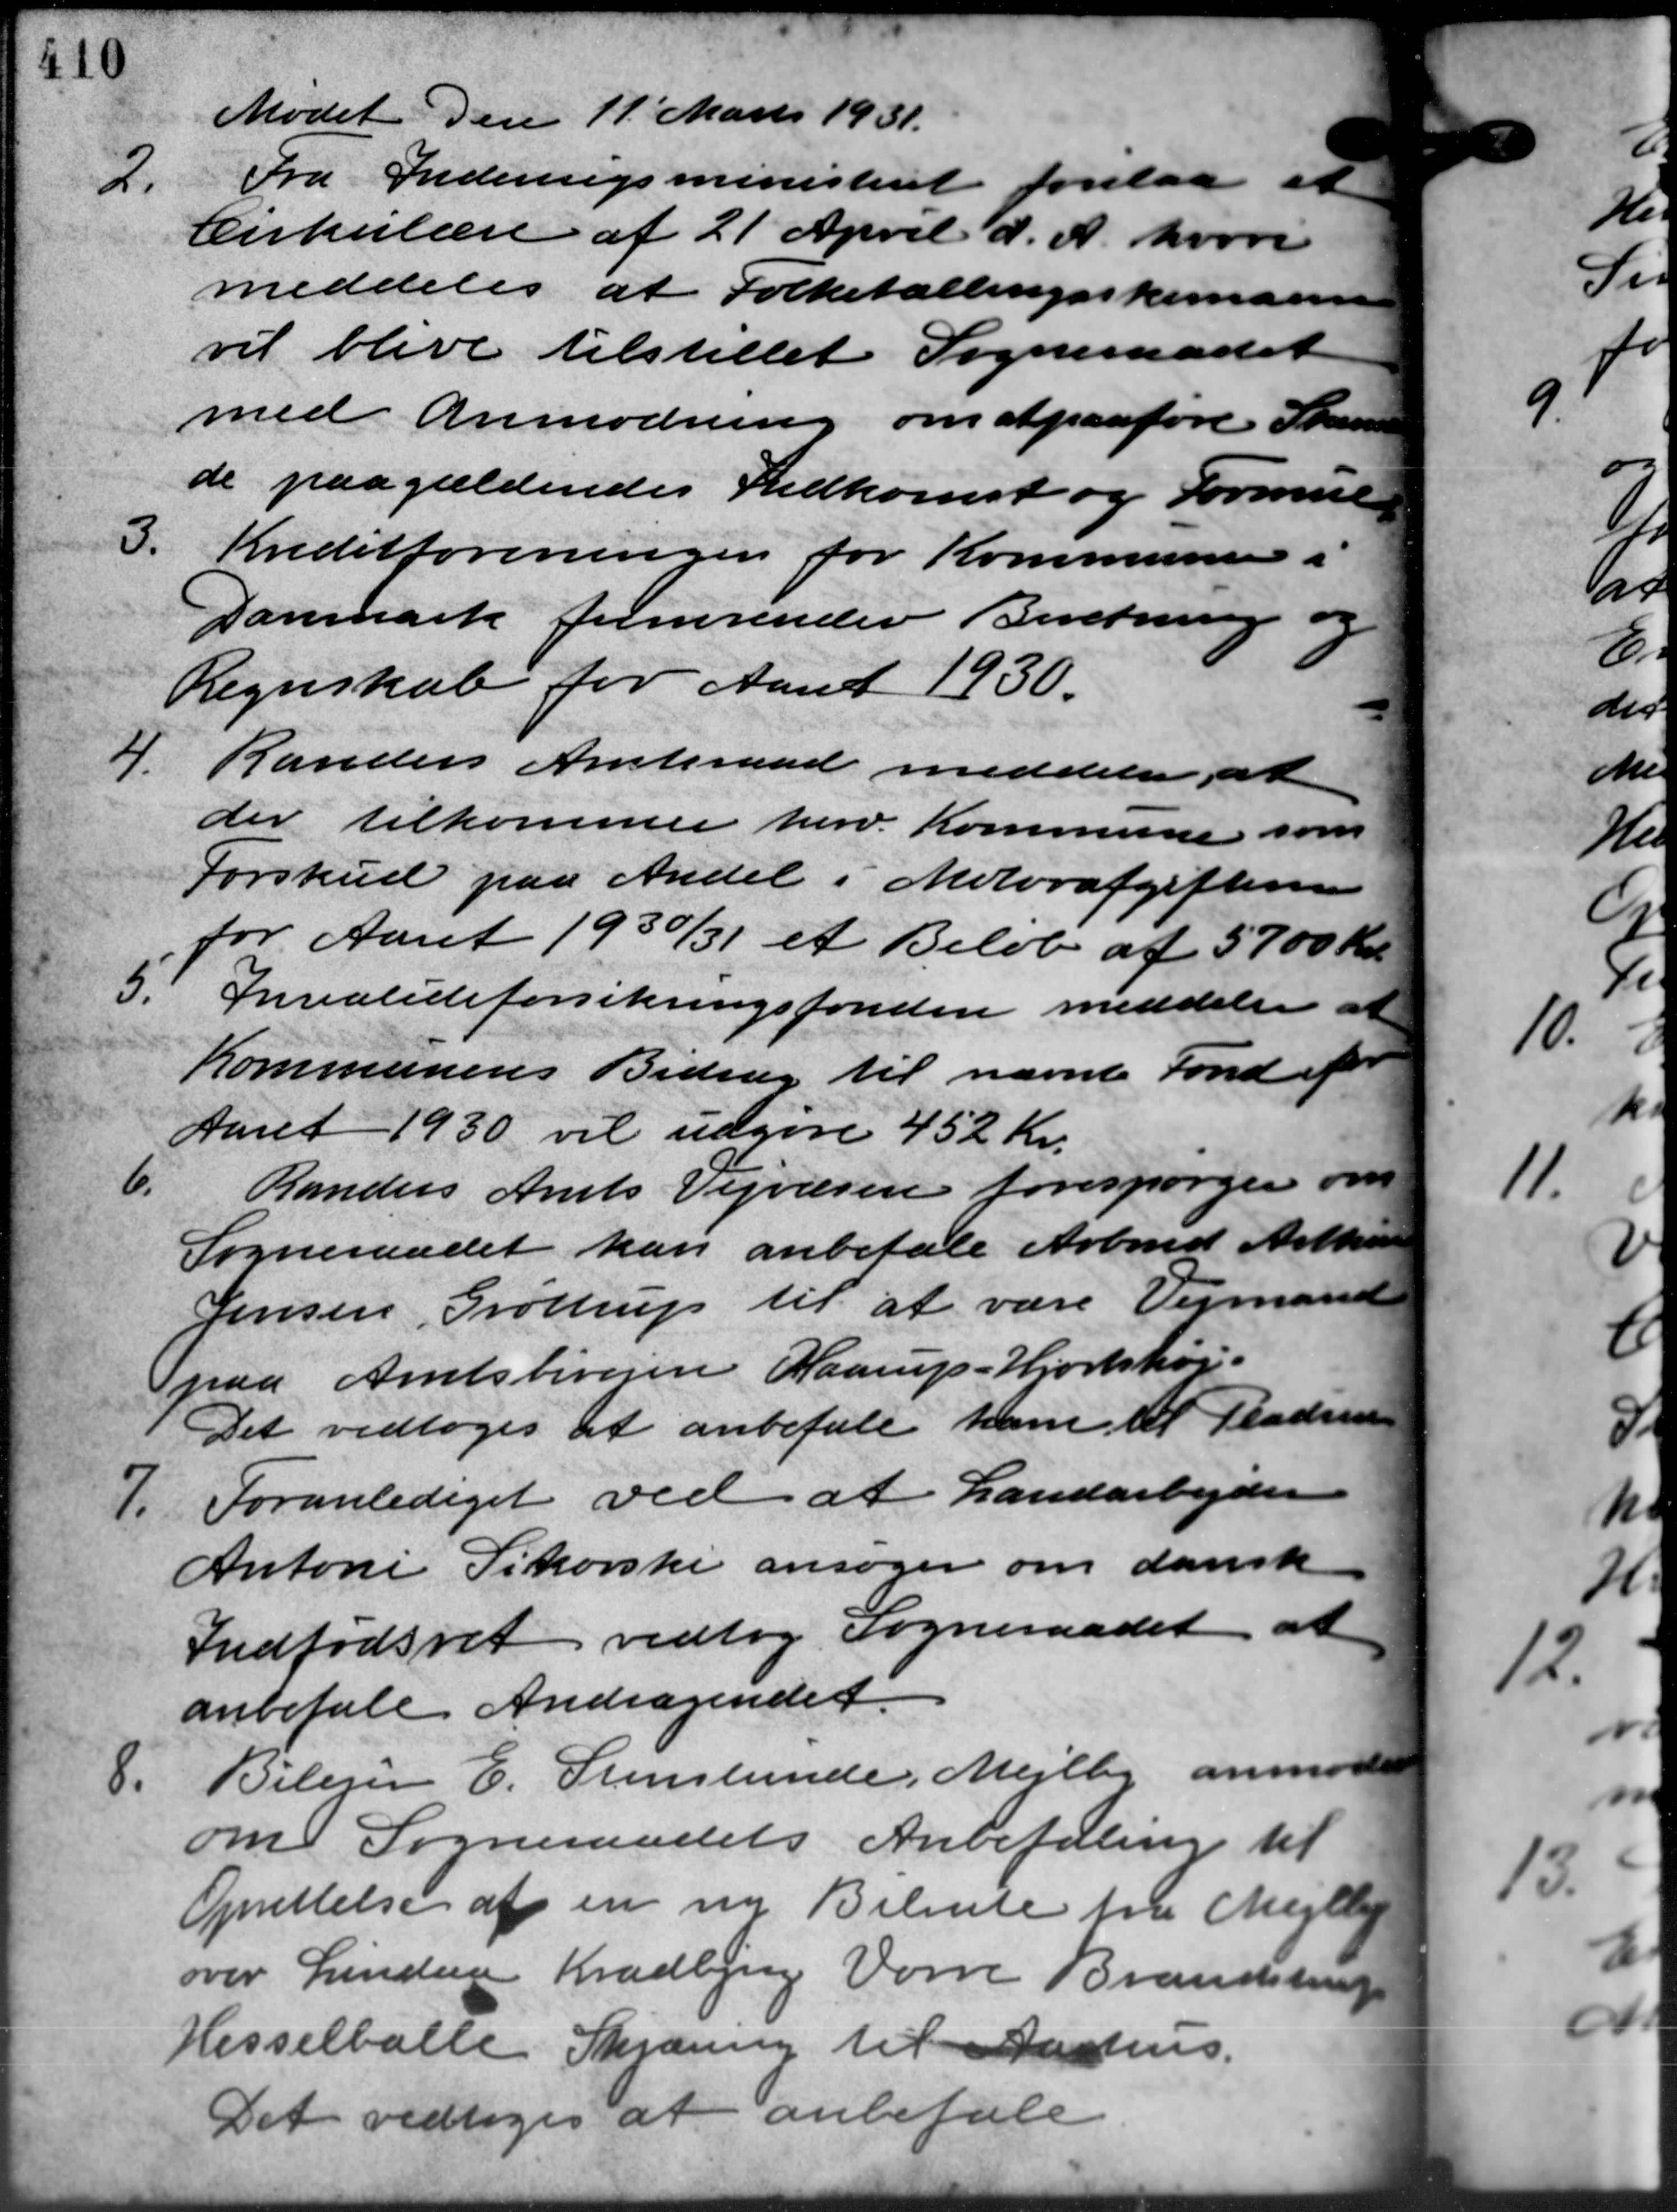
Transskription:
Mødet den 11´ Marts 1931.
2.
Fra Indenrigsministeriet forelaa et
Cirkulære af 21 April d. A. hvori
meddeles at Folketællingsskemann
vil blive tilstillet Sogneraadet
med Anmodning om at paaføre Skand
de paagældendes Indkomst og Formue
3.
Kreditforeningen for Kommunen i
Danmark fremsender Beretning og
Regnskab for Aaret 1930.
4 Randers Amtsraad meddeler at
4 Randers Amtsraad meddeler at
der tilkomne herv. Kommune som
Forskud paa Andel i Motorafgifterne
for Aaret 1930/31 et Beløb af 5700 Kr.
5.
Invalideforsikringsfonden meddeler at
Kommunens Bidrag til nævnte Fond af
Aaret 1930 vil udgøre 452 Kr.
6.
Randers Amts Vejvæsen forespørger om
Sogneraadet kan anbefale Arbmd. Arthus
Jensen, Grøttrup til at være Vejmand
paa Amtsbivejen Haarup - Hjortshøj.
Det vedtoges at anbefale ham til Pladsen
7. Foranlediget ved at Landarbejder
7. Foranlediget ved at Landarbejder
Antoni Sikorske ansøger om dansk
Indfødsret vedtog Sogneraadet at
anbefale Andragendet.
8.
Bilejer E. Stenslunde, Mejlby anmoder
om Sogneraadets Anbefaling til
Oprettelse af en ny Bilente fra Mejlby
over Lindage Kradbjerg Vorre Brandstrup
Hesselballe Skjæring til Aarhus.
Det vedtoges at anbefale